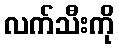
လက်သီးကို